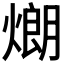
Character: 𤎜